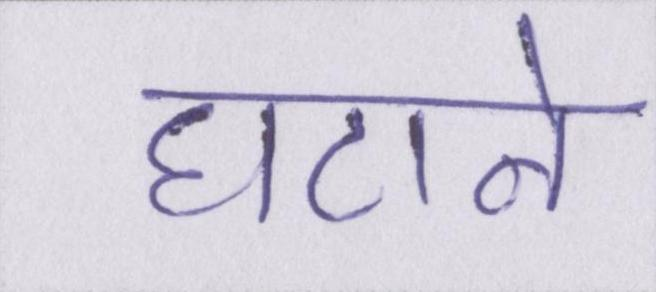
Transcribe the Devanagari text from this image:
घटाने